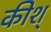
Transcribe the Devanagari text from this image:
कीश्